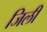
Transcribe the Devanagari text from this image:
जिली